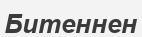
Битеннен